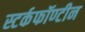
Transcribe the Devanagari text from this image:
स्टर्कफॉण्टीन